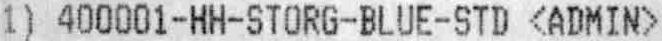
1) 400001-HH-STORG-BLUE-STD <ADMIN>